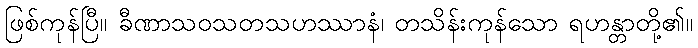
ဖြစ်ကုန်ပြီ။ ခီဏာသဝသတသဟဿာနံ၊ တသိန်းကုန်သော ရဟန္တာတို့၏။